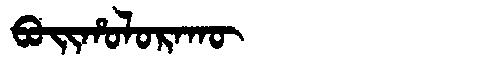
Manchu: ᠪᠣᡳᡥᠣᠯᠣᡵᠠᡴᡡ
Romanization: BOIHOLORAKŪ